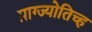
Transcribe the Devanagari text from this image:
प्राग्ज्योतिच्ह